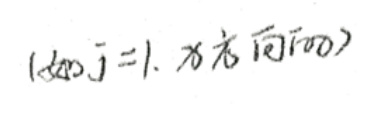
$1\times \overrightarrow {a_{0j}} = 1,\ \overrightarrow {x}$方向$\overrightarrow {a_{0j}}$